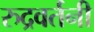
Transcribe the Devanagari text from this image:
रुद्रवर्तनी